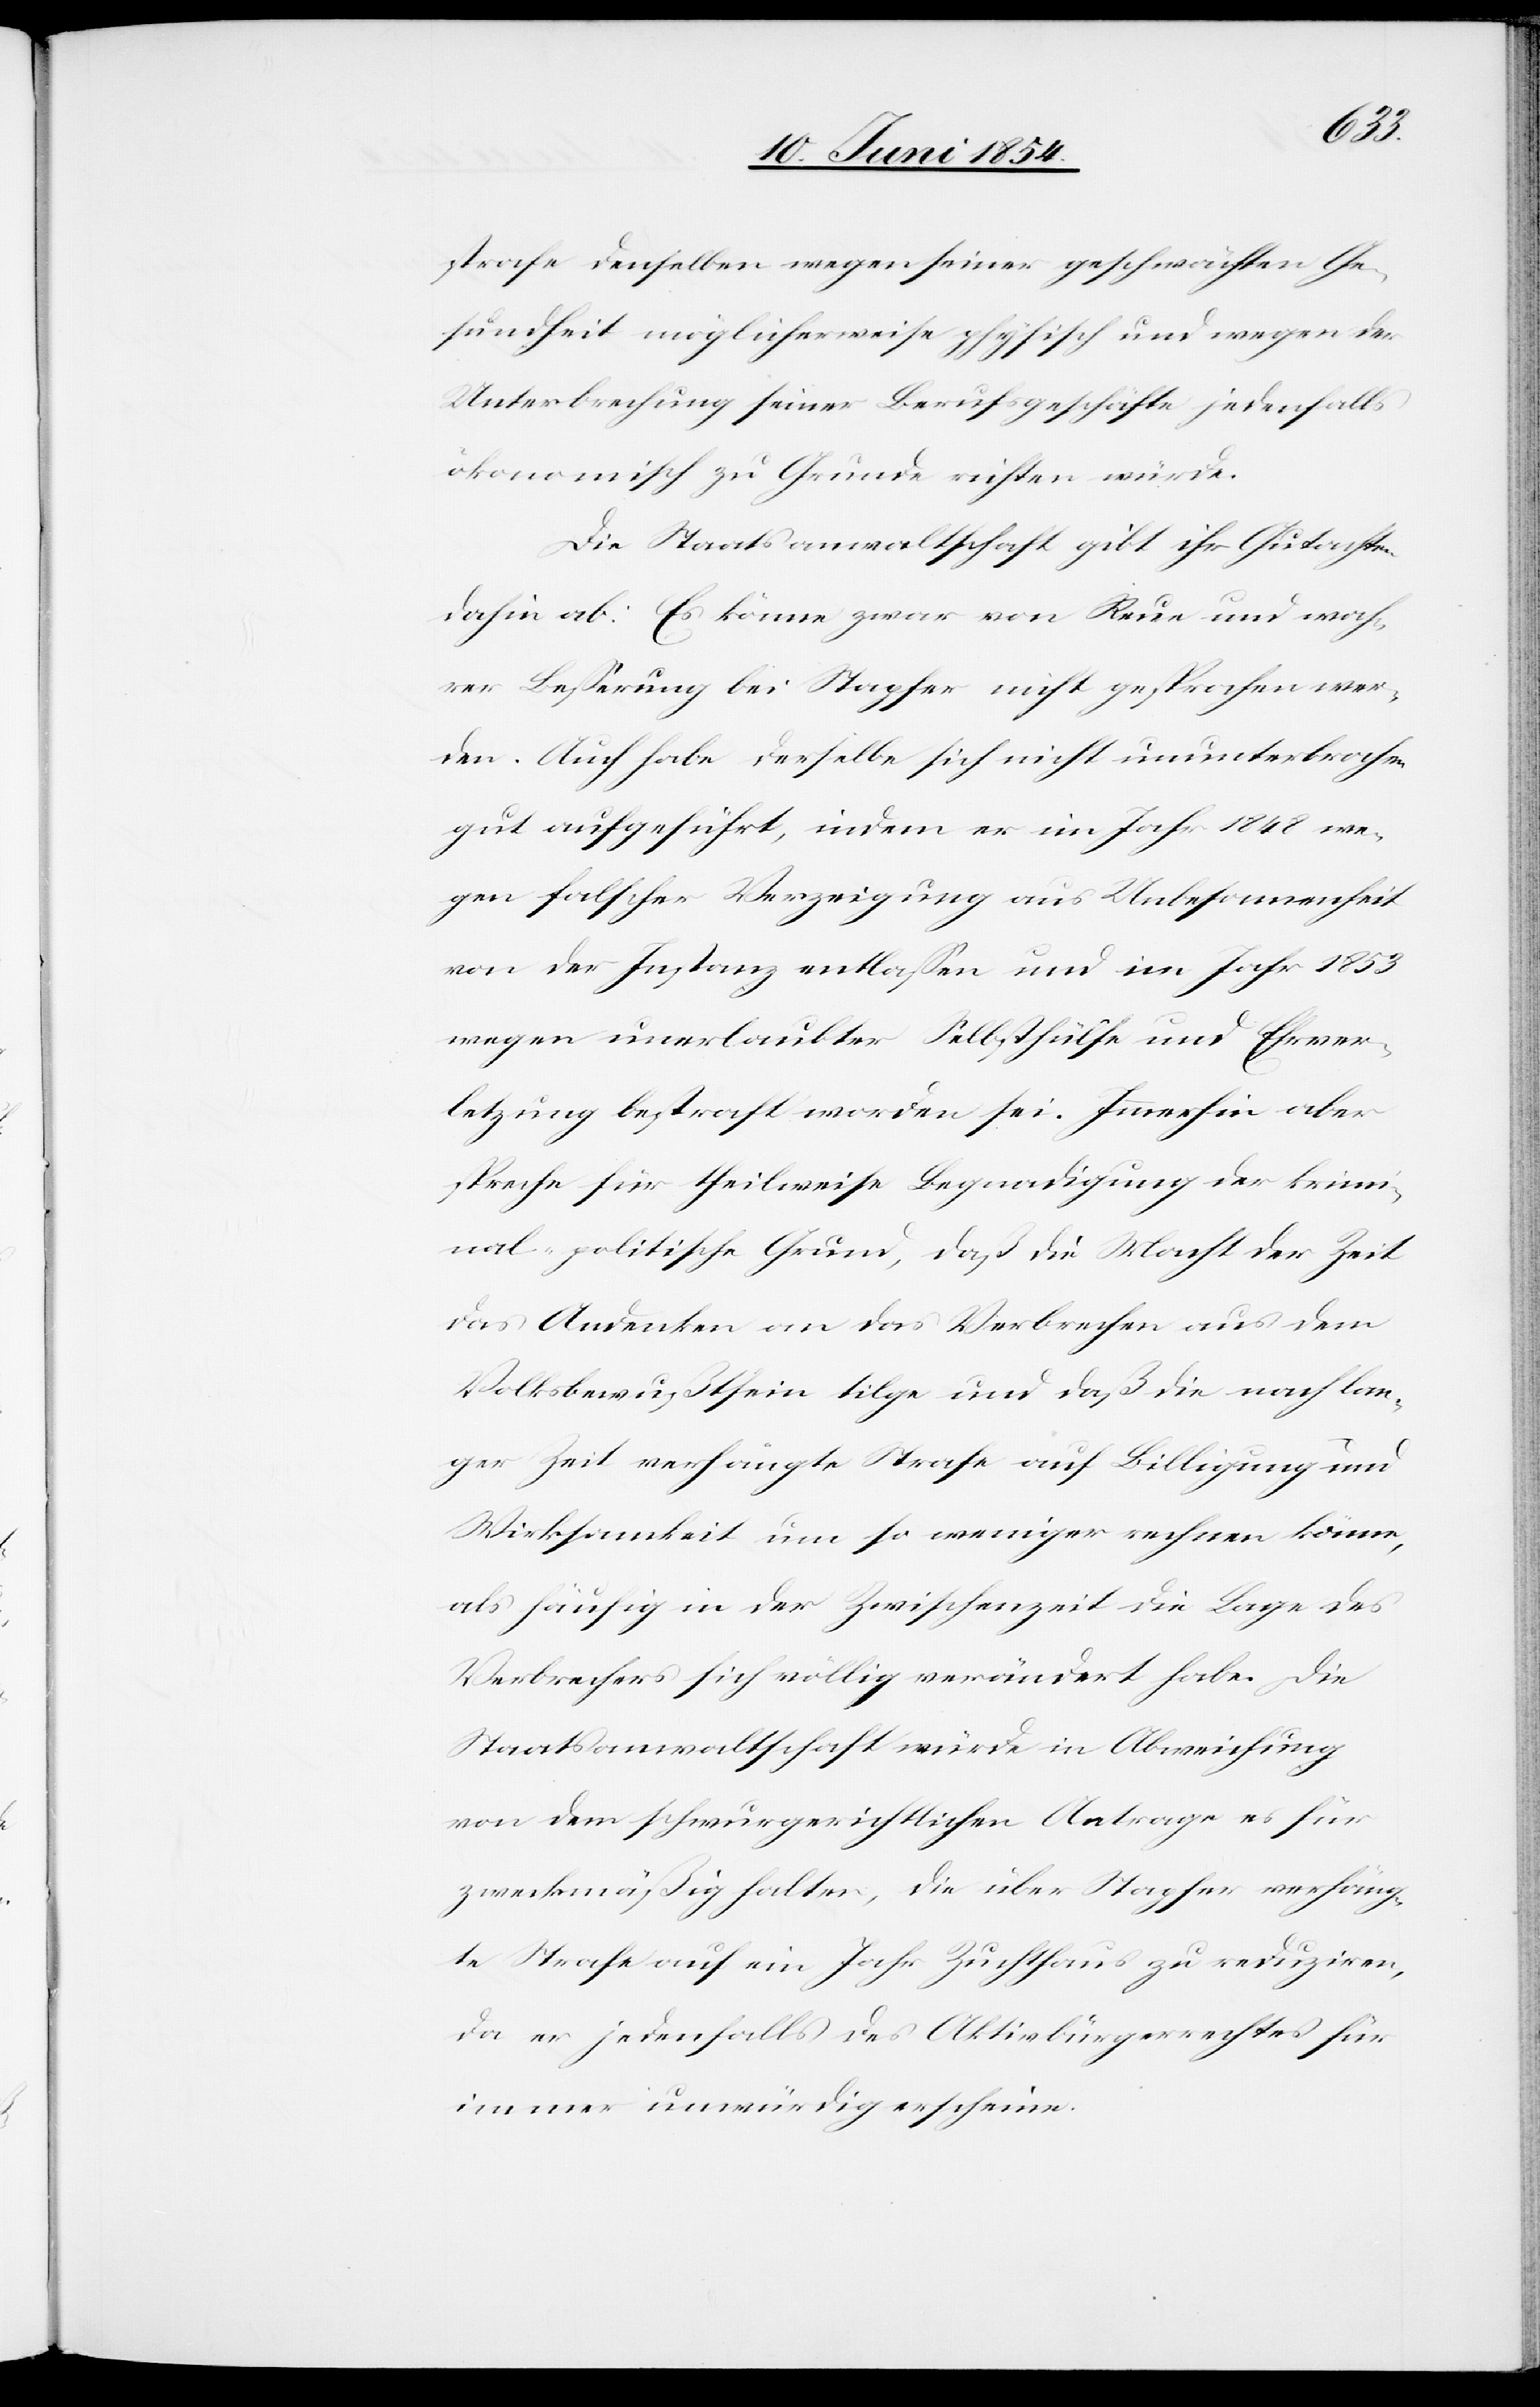
strafe denselben wegen seiner geschwächten Ge¬
sundheit möglicherweise physisch und wegen der
Unterbrechung seiner Berufsgeschäfte jedenfalls
ökonomisch zu Grunde richten würde.
Die Staatsanwaltschaft gib ihr Gutachten
dahin ab: Es könne zwar von Reue und wah¬
rer Beßerung bei Stapfer nicht gesprochen wer¬
den. Auch habe derselbe sich nicht ununterbrochen
gut aufgeführt, indem er im Jahr 1848 we¬
gen falscher Verzeigung aus Unbesonnenheit
von der Instanz entlaßen und im Jahr 1853
wegen unerlaubter Selbsthülfe und Ehrver¬
letzung bestraft worden sei. Immerhin aber
spreche für theilweise Begnadigung der krimi¬
nal-politische Grund, daß die Macht der Zeit
das Andenken an das Verbrechen aus dem
Volksbewußtsein tilge und daß die nach lan¬
ger Zeit verhängte Strafe auf Billigung und
Wirksamkeit um so weniger rechnen könne,
als häufig in der Zwischenzeit die Lage des
Verbrechers sich völlig verändert habe. Die
Staatsanwaltschaft würde in Abweichung
von dem schwurgerichtlichen Antrage es für
zweckmäßig halten, die über Stapfer verhäng¬
te Strafe auf ein Jahr Zuchthaus zu reduziren,
da er jedenfalls des Aktivbürgerrechtes für
immer unwürdig erscheine.